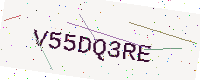
Text: V55DQ3RE